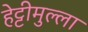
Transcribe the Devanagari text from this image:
हेट्टीमुल्ला